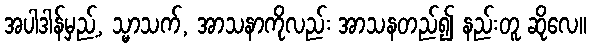
အပါဒါန်မှည့်, သ္မာသက်, အာသနာကိုလည်း အာသနတည်၍ နည်းတူ ဆိုလေ။